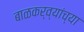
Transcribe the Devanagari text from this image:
बाळकर्व्यांच्या